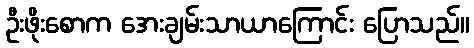
ဦးဖိုးစောက အေးချမ်းသာယာကြောင်း ပြောသည်။